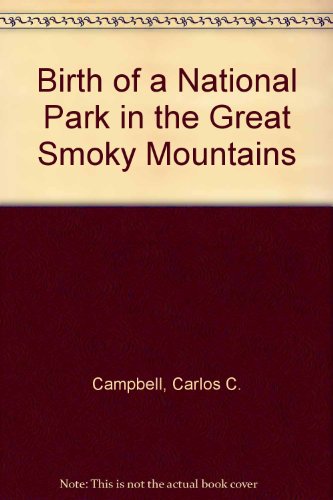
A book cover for Birth of a National Park in the Great Smoky Mountains; Carlos C. Campbell; Travel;